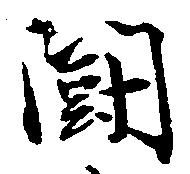
闘